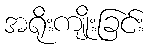
အရိုးကျိုးခြင်း